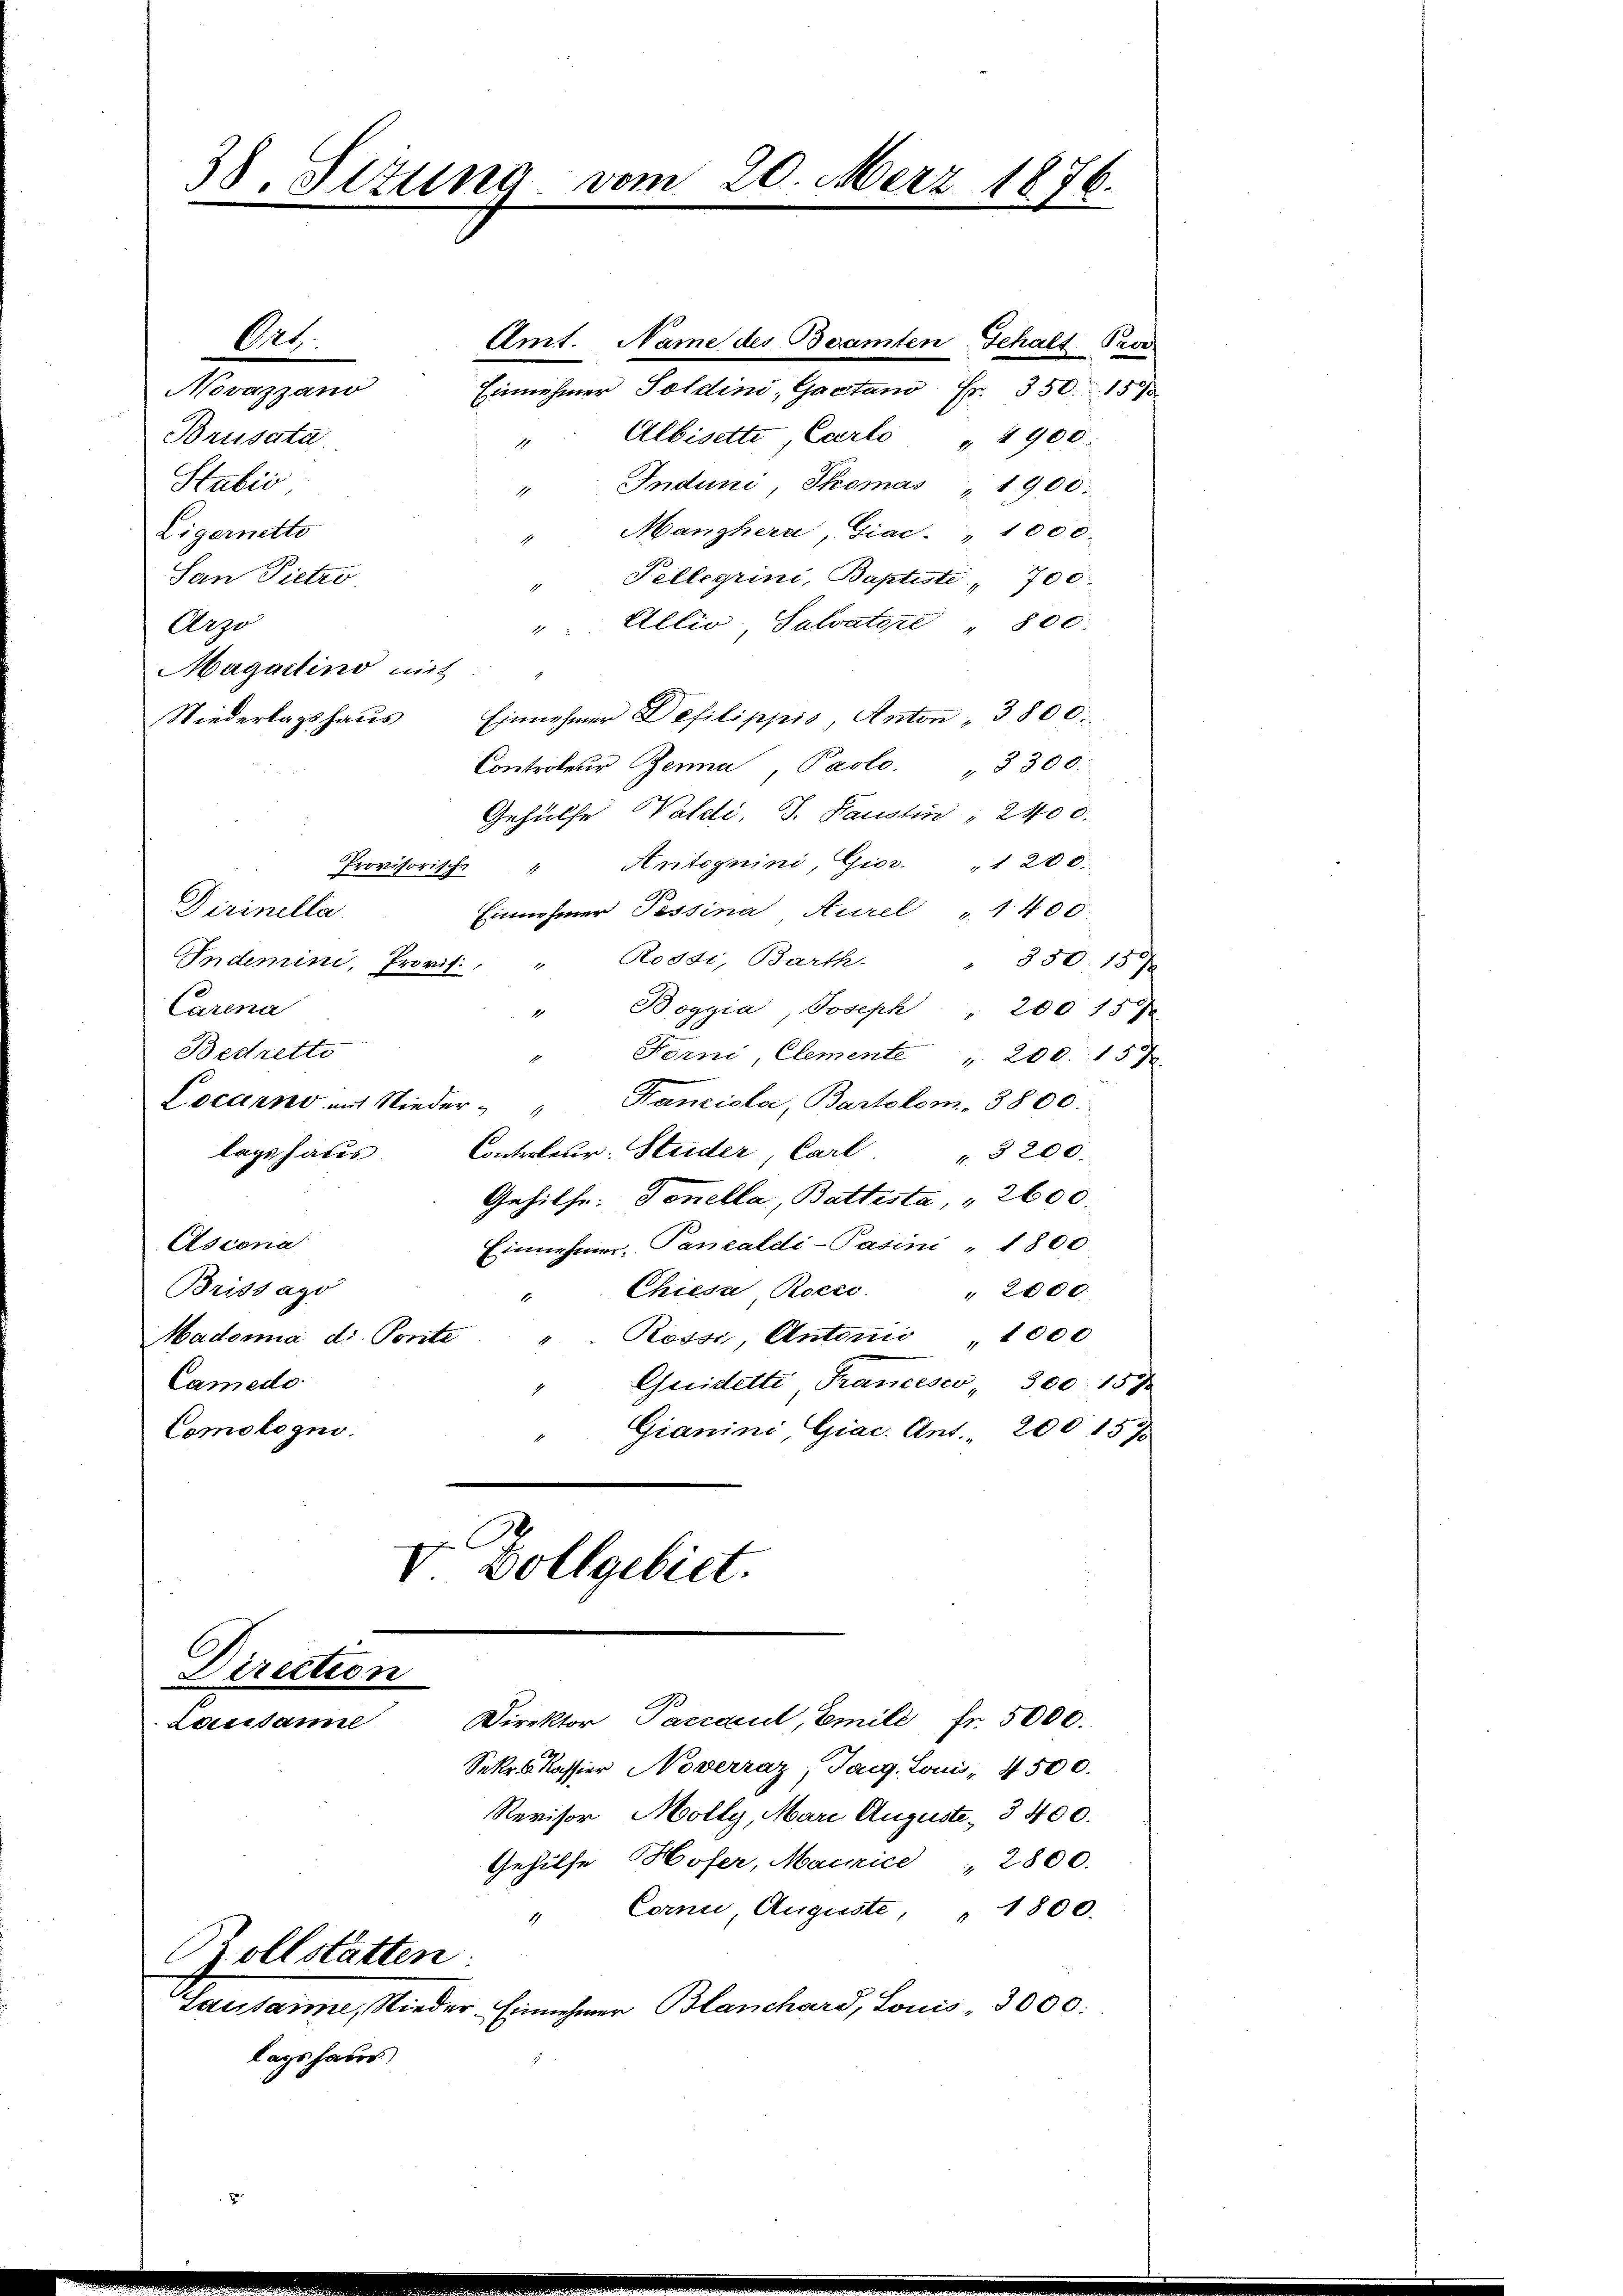
38. Sizung vom 20. März 1876.

Ort
Amt. Name des Beamten Gehalt Prod
Novazzano
Einnehmer Soldini, Gaetano Fr. 350. 159.
Brüsata.
Albisette, Carlo " " 900.
1
Stubić
" Induni, Thomas " 1900:
Ligernetto
" Manchern, Giac. " 1000.
San Pietro
Telleyrini, Baptiste , 700.
Allio, Salvatore " 800.
Arzo
1
Magartino mit
1
Einnehmer Defilippis, Anton " 3800.
Controleur Benna, Paolo. 3300:
Gehülfe Valdi, J. Hauslin " 2400.
Antognini, Gior. 1 200.
Provisorische
1
Dirinella
Einnehmer Tessina Aurel " 1400.
Indemini, Provis. " Rossi, Barth. " 350. 157
Carena
" Boggia, Joseph " 200 15
Bedrette
". Forni, Clemente " 200. 15
Locarno mit Nieder " " Kanzielei, Bartolom, 3800.
lagshaus. Controleur. Studer, Carl " 3200.
Gehilfe: Tenella, Battesta, " 2600.
Ascona
Einnehmer, Pancaldi-Pasini - 1800
Chiesa Roces.
Brissagi
 2000
Rossi Antonii " 1000
Madomnia di Ponte
Quidette Francesco, 300. 157
Camedo
Comologno.
Gianini, Giac. Ant. 200 157
V Zollgebiet.

Niederlagshaus

Direction
Direktor Paccaeut, Emili fr. 5000.
Loridame.

Sekr. Kassier Noverraz, Tag. Louis, 4500.
Revisor Mölly, Mare Auguste- 3400.
Gehilfe Hofer, Macice " 2800.
Corni, Auguste " 1800.
Rollstatten:
Lausamme, Nieder Einnehmer Blanchard, Louis 3000.
lagshaus

.